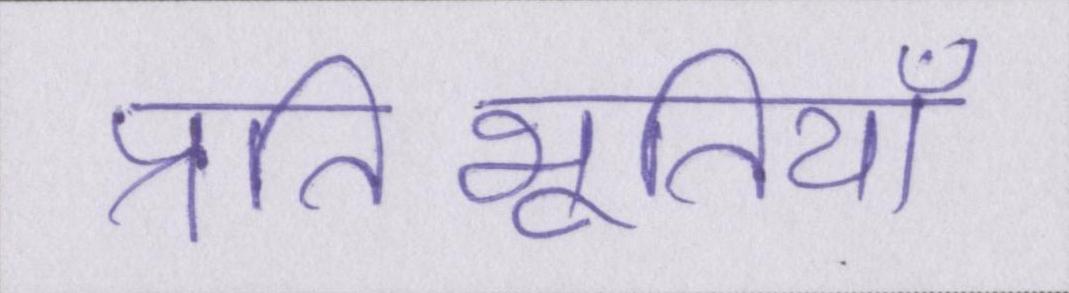
प्रतिभूतियाँ